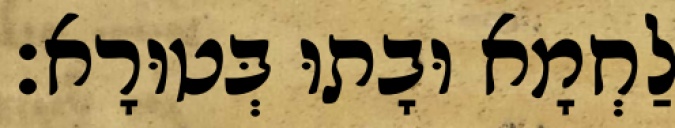
לַחְמָא וּבָתוּ בְּטוּרָא׃